Scottish Leaving Certificate Examination, 1958
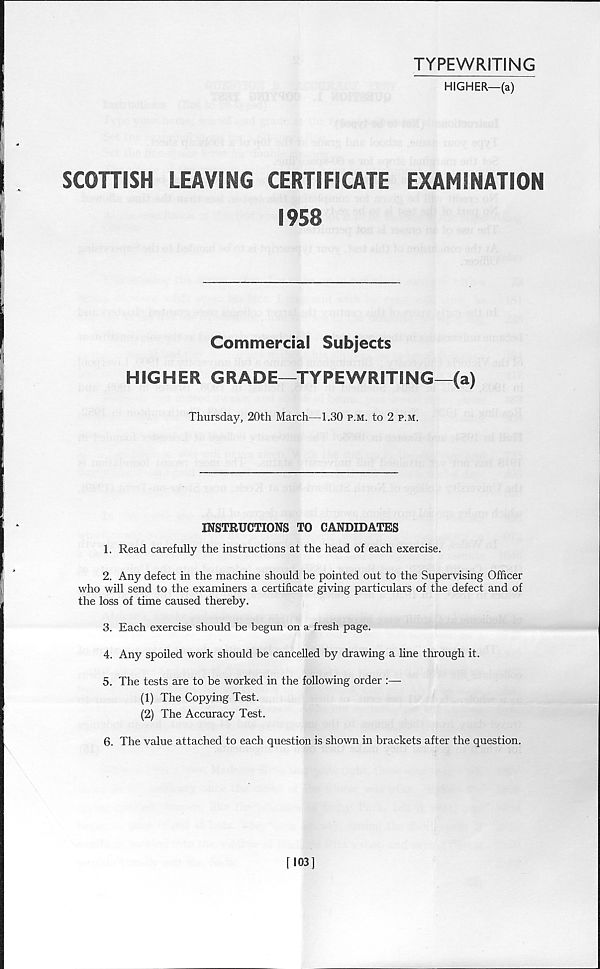
TYPEWRITING
HIGHER—(a)
SCOTTISH
LEAVING CERTIFICATE
EXAMINATION
1958
Commercial Subjects
HIGHER GRADE—TYPEWRITING—(a)
Thursday, 20th March—1.30 p.m. to 2 p.m.
INSTRUCTIONS TO CANDIDATES
1. Read carefully the instructions at the head of each exercise.
2. Any defect in the machine should he pointed out to the Supervising Officer
who will send to the examiners a certificate giving particulars of the defect and of
the loss of time caused thereby.
3. Each exercise should be begun on a fresh page.
4. Any spoiled work should be cancelled by drawing a line through it.
5. The tests are to be worked in the following order :—
(1) The Copying Test.
(2) The Accuracy Test.
6. The value attached to each question is shown in brackets after the question.
[103]